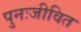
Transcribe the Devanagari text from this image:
पुनःजीवित